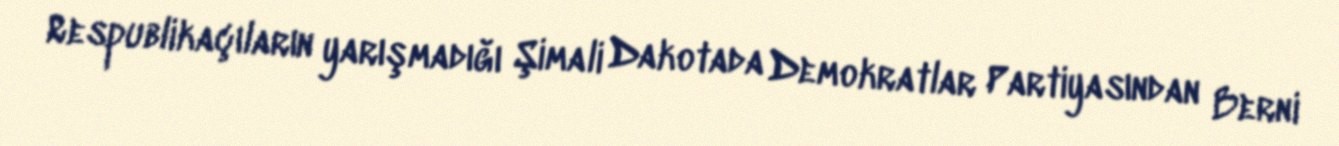
Respublikaçıların yarışmadığı Şimali Dakotada Demokratlar Partiyasından Berni